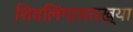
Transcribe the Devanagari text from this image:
शिवलिंगासारख्या